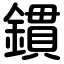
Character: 鏆